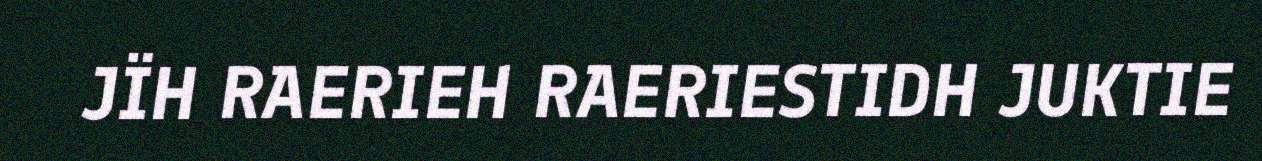
JÏH RAERIEH RAERIESTIDH JUKTIE